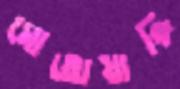
মোতোয়াকি